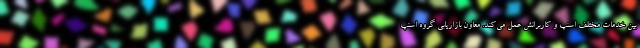
بین خدمات مختلف اسنپ و کاربرانش عمل می‌کند. معاون بازاریابی گروه اسنپ